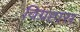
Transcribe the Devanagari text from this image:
विग्रहास